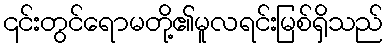
၎င်းတွင်ရောမတို့၏မူလရင်းမြစ်ရှိသည်